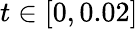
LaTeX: t\in\left[0,0.02\right]